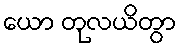
ယော တုလယိတွာ